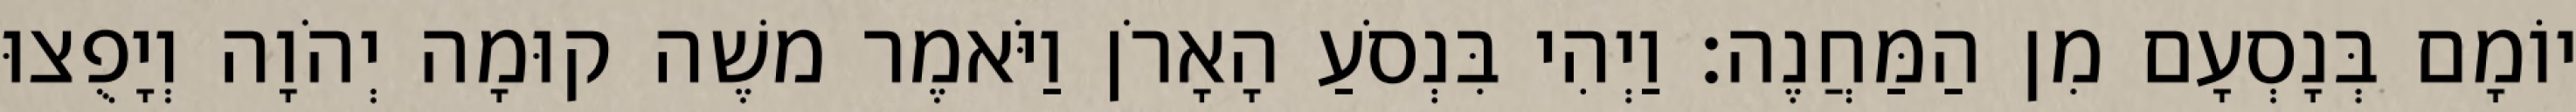
יוֹמָם בְּנָסְעָם מִן הַמַּחֲנֶה׃ וַיְהִי בִּנְסֹעַ הָאָרֹן וַיֹּאמֶר משֶׁה קוּמָה יְהֹוָה וְיָפֻצוּ